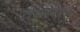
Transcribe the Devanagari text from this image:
प्रियामानावाले